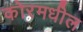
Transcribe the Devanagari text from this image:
कोरमधील